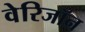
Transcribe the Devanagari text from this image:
वेरिजॉन